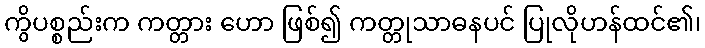
ကွိပစ္စည်းက ကတ္တား ဟော ဖြစ်၍ ကတ္တုသာဓနပင် ပြုလိုဟန်ထင်၏၊